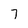
Character: 7